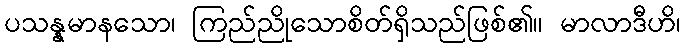
ပသန္နမာနသော၊ ကြည်ညိုသောစိတ်ရှိသည်ဖြစ်၏။ မာလာဒီဟိ၊